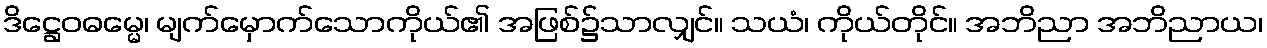
ဒိဋ္ဌေဝဓမ္မေ၊ မျက်မှောက်သောကိုယ်၏ အဖြစ်၌သာလျှင်။ သယံ၊ ကိုယ်တိုင်။ အဘိညာ အဘိညာယ၊